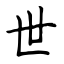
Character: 世